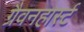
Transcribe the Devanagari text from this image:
ग्रैवनहार्स्ट